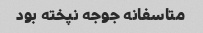
متاسفانه جوجه نپخته بود